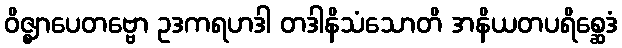
ဝိဇ္ဈာပေတဗ္ဗော ဥဒကရဟဒါ တဒါနိသံသောတိ အနိယတပရိစ္ဆေဒံ